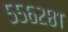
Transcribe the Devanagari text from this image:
५५६२८१